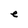
Character: e